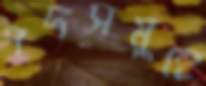
পদসমূহে